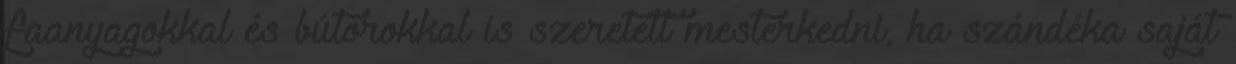
faanyagokkal és bútorokkal is szeretett mesterkedni, ha szándéka saját